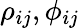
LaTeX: \rho_{ij},\phi_{ij}